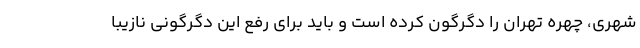
شهری، چهره تهران را دگرگون کرده است و باید برای رفع این دگرگونی نازیبا